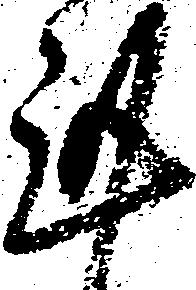
謹